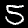
Label: 5